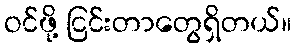
ဝင်ဖို့ ငြင်းတာတွေရှိတယ်။